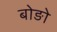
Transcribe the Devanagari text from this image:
बोङो